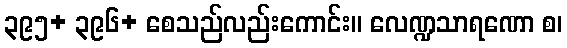
၃၉၅+ ၃၉၆+ စေသည်လည်းကောင်း။ လေဏ္ဍသာရဏော စ၊